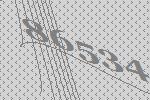
86534